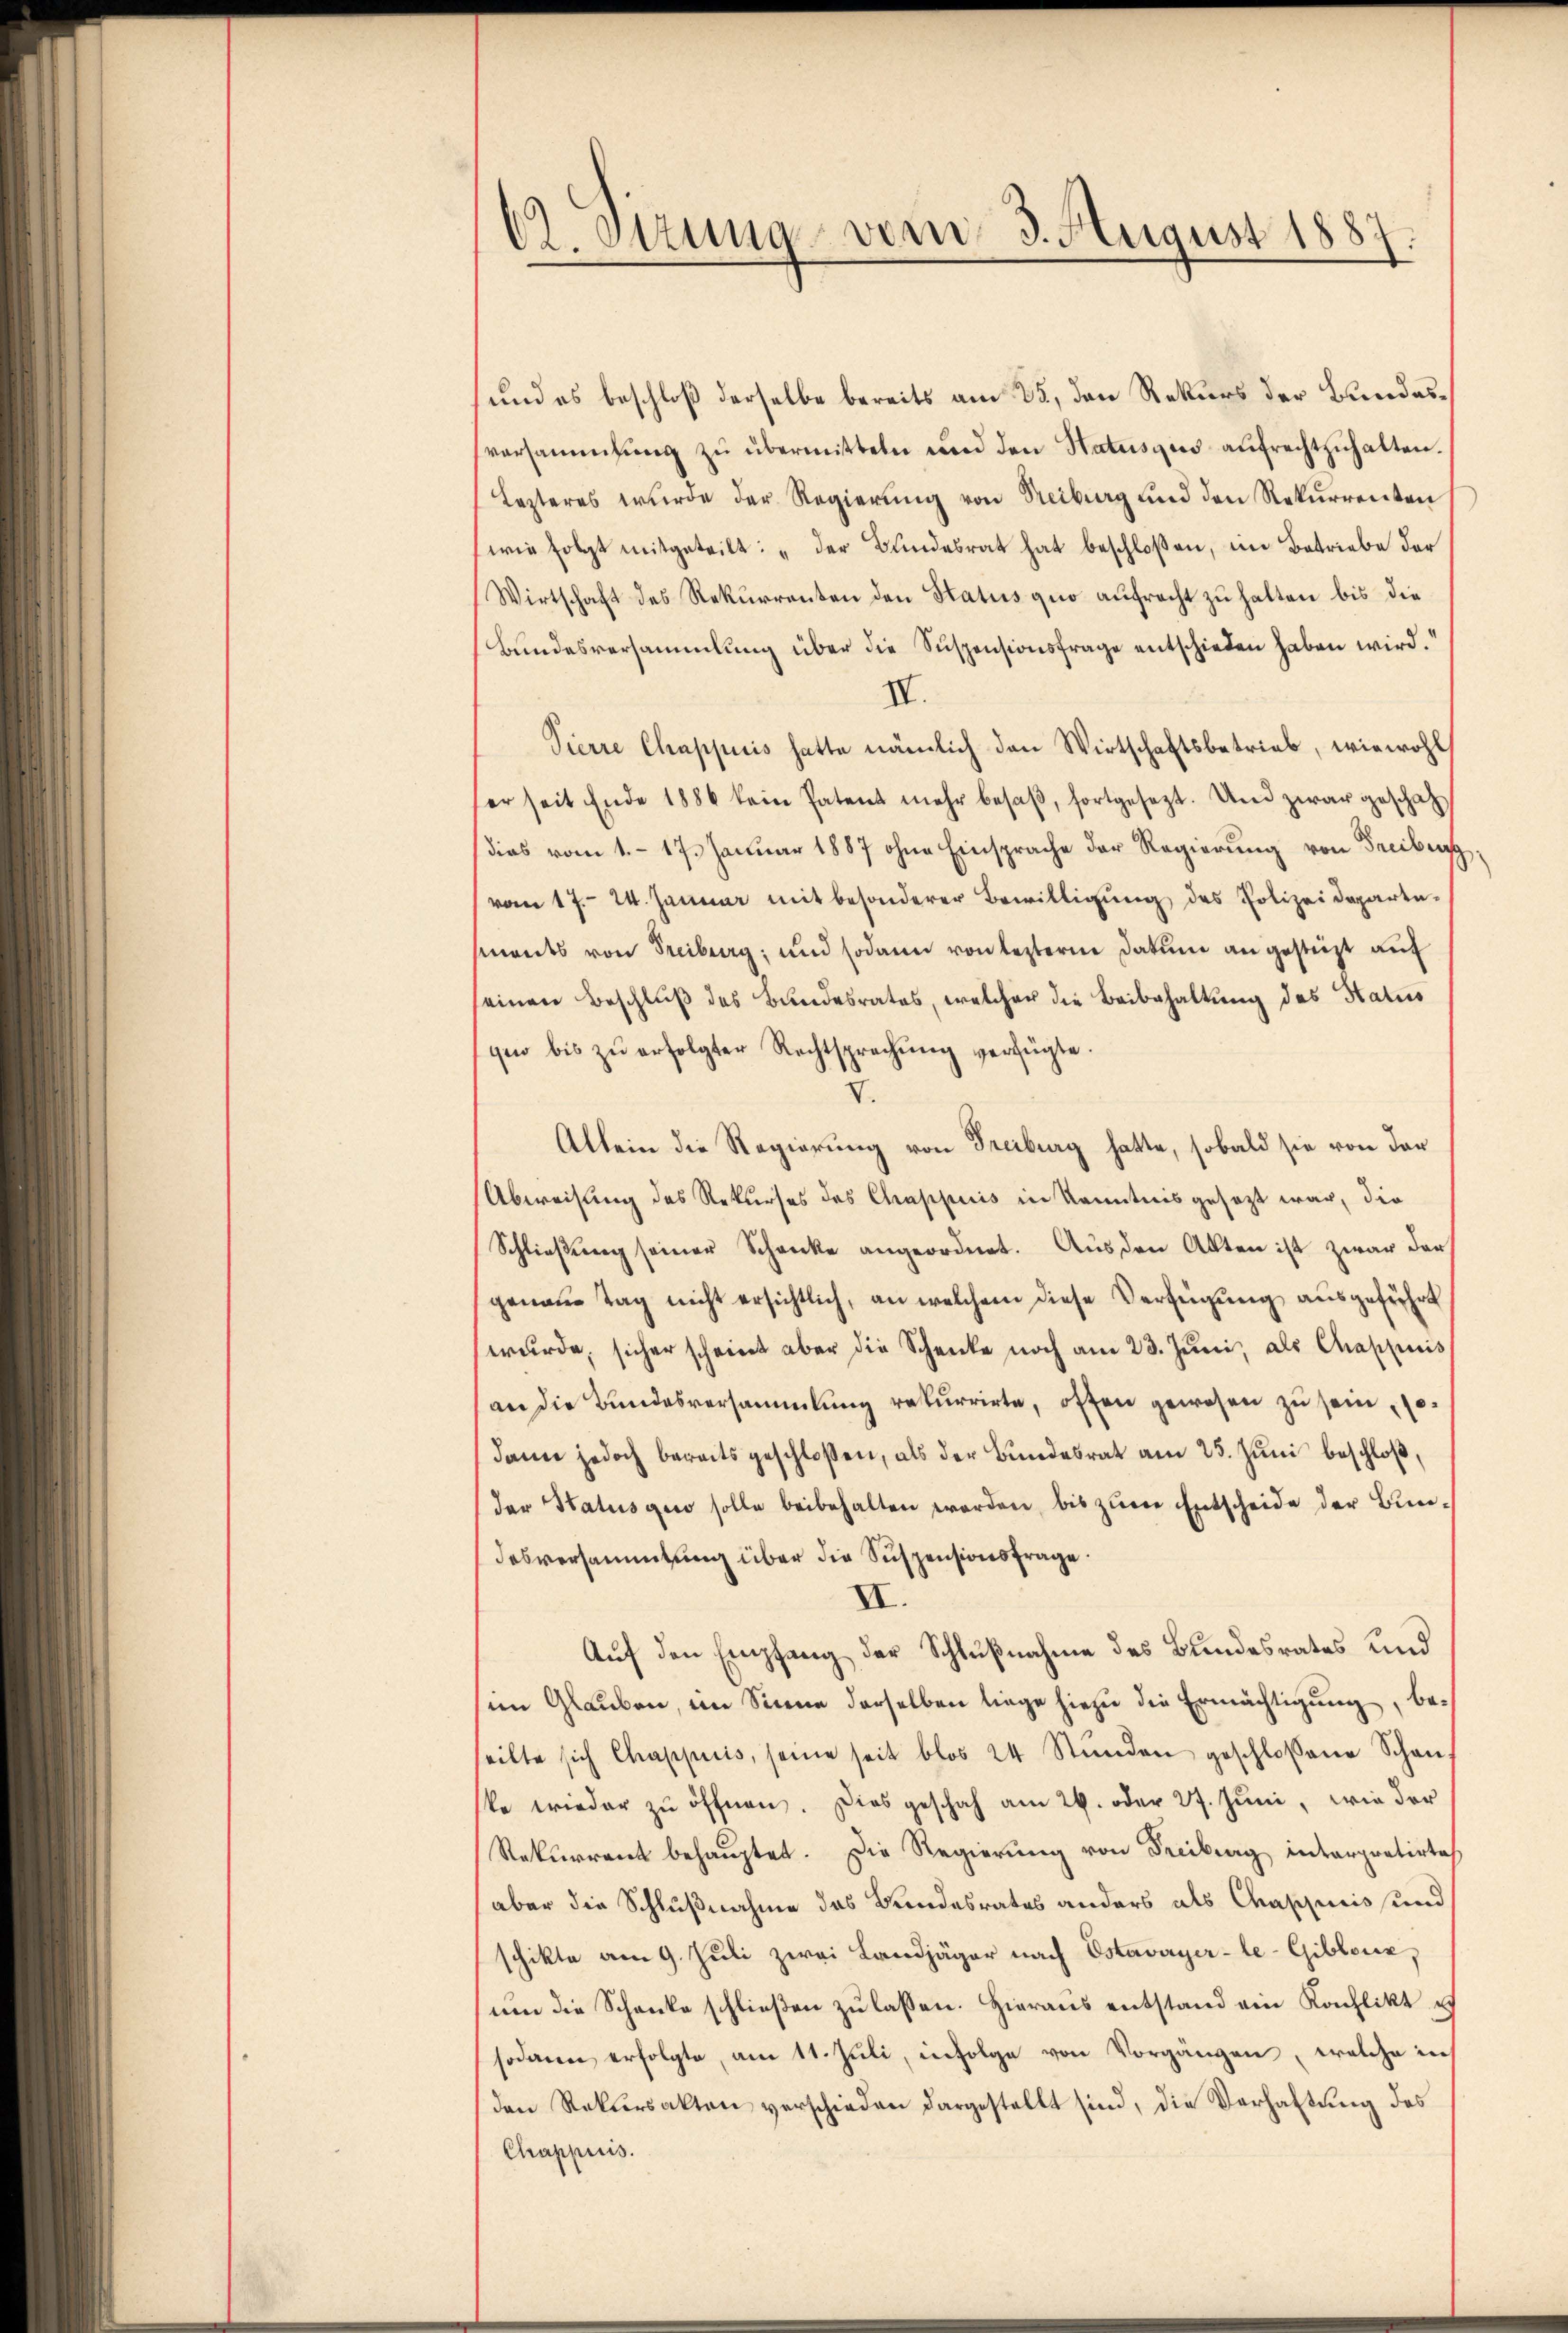
62. Sizung vom 3. August 1887.

und es beschloß derselbe bereits am 25. den Rekurs der Bundesversammtŭng zŭ übermitteln und den Statusgis aŭfrechtzŭhalten.
Lezteres wurde der Regierŭng von Freiburg und den Rekurrenten
(wie folgt mitgeteilt: „der Bundesrat hat beschloßen, im Betriebe der
Wirtschaft des Rekurrenten den Status quo aufrecht zu halten bis die
Bundesversammlung über die Suspensionsfrage entschieden haben wird.
IV.
Pierre Chappiris hatte nämlich den Wirtschaftsbetrieb, wiewohl
ser seit Ende 1886 kein Patent mehr besaβ, fortgesezt. Und zwar geschahdies vom 1. 17. Januar 1887 ohne Einsprache der Regierung von Freiburg,
vom 17. 24. Januar mit besonderer Bewilligung des Polizeidepartesments von Freiburg; und sodann von leztere Datum an gesteht auf
seinen Beschluß des Bundesrates, welcher die Beibehaltung des Hatus
quo bis zŭ erfolgter Rechtsprechŭng verfügte.
7.
Allein die Regierung von Freiburg hatte, sobald sie von der
Abweisung des Rekurses des Chrappiis in Kenntnis gesezt war, die
Schließung seiner Schanke angeordnet. Aus den Alten ist zwar dergenaue Tag nicht ersichtlich, an welchem diese Verfügung ausgeführt
wŭrde, sicher scheint aber die Schenke noch am 23. Jŭni, als Chaphis
(an die Bundesversammlung rekurrirte, offen gewesen zu sein, sodann jedoch bereits geschloßen, als der Bundesrat am 25. Juni beschloß,
der Status gen solle beibehalten worden, bis zum Entscheide der Bundesversammlung über die Suspensionsfrage.
VI.
Auf den Empfang der Schlußnahme des Bundesrates und
im Glauben, im Sinne derselben liege hiezu die Ermächtigung, beeilte sich Chappuis, seine seit blos 24 Stunden geschlossene Schaŭf
ke wieder zŭ öffnen. Dies geschah am 26. oder 27. Juni, wie der
Rekŭrrent behauptet. Die Regierŭng von Freiburg interpretirtes
aber die Schlußnahme des Bundesrates anders als Chappucis und
schikte am 9. Juli zwei Landjäger nach Estavayer-le-Giblenz,
um die Schanke schließen zu lassen. Hieraus entstand ein Konflikt, ich
sodann erfolgte, am 11. Jŭli, infolge von Vorgängen, welche in
den Rekursakten verschieden dargestellt sind, die Verhaltung des
Chappuis.